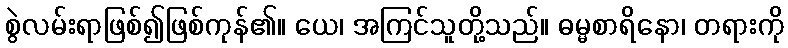
စွဲလမ်းရာဖြစ်၍ဖြစ်ကုန်၏။ ယေ၊ အကြင်သူတို့သည်။ ဓမ္မစာရိနော၊ တရားကို